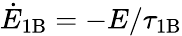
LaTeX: \dot{E}_{\mathrm{1B}}=-E/\tau_{\mathrm{1B}}